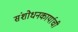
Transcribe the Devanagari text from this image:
संशोधनकार्याची